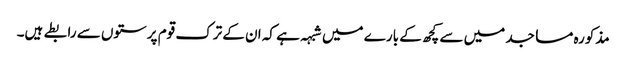
مذکورہ مساجد میں سے کچھ کے بارے میں شبہہ ہے کہ ان کے ترک قوم پرستوں سے رابطے ہیں۔